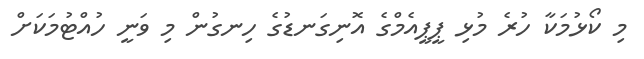
މި ކޯޅުމަކާ ހުރެ މުޅި ޕީޕީއެމްގެ އޮނިގަނޑުގެ ހިނގުން މި ވަނީ ހުއްޓުމަކަށް